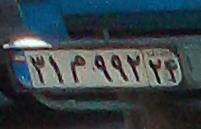
۳۱م۹۹۲۲۴